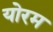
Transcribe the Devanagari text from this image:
योरम